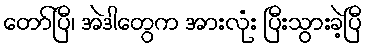
တော်ပြီ၊ အဲဒါတွေက အားလုံး ပြီးသွားခဲ့ပြီ